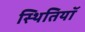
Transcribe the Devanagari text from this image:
स्थितियॉ